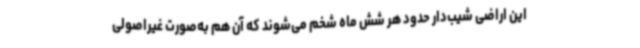
این اراضی شیب‌دار حدود هر شش ماه شخم می‌شوند که آن هم به‌صورت غیراصولی